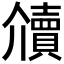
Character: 𰷔